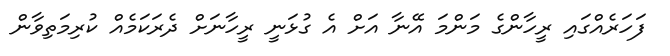
ފަހަރެއްގައި ރީހާންގެ މަންމަ އޭނާ އަށް އެ ގުޅަނީ ރީހާނަށް ދެރަކަމެއް ކުރިމަތިވާން